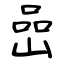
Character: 喦